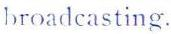
broadcasting.